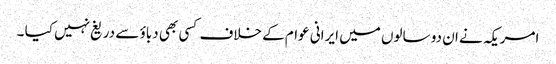
امریکہ نے ان دو سالوں میں ایرانی عوام کے خلاف کسی بھی دباؤ سے دریغ نہیں کیا ۔